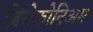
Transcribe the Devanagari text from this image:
ज़िरोकोनिअम